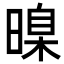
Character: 暞